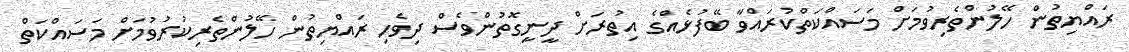
ރައްޔިތުން ހޭލުންތެރިވުމަށް މަސައްކަތްކުރައްވާ ބޭފުޅެއްގެ އިތުރަށް ދީނީގޮތުންވެސް ދިވެހި ރައްޔިތުން ހޭލުންތެރިކުރުވުމަށް މަސައްކަތް